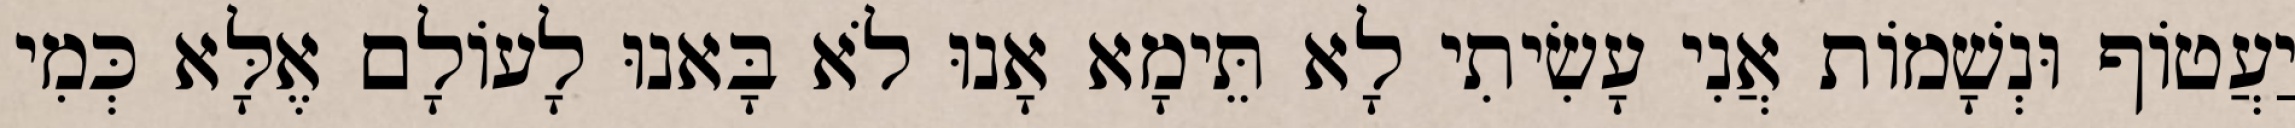
יַעֲטוֹף וּנְשָׁמוֹת אֲנִי עָשִׂיתִי לָא תֵּימָא אָנוּ לֹא בָּאנוּ לָעוֹלָם אֶלָּא כְּמִי